Scottish Leaving Certificate Examination, 1961
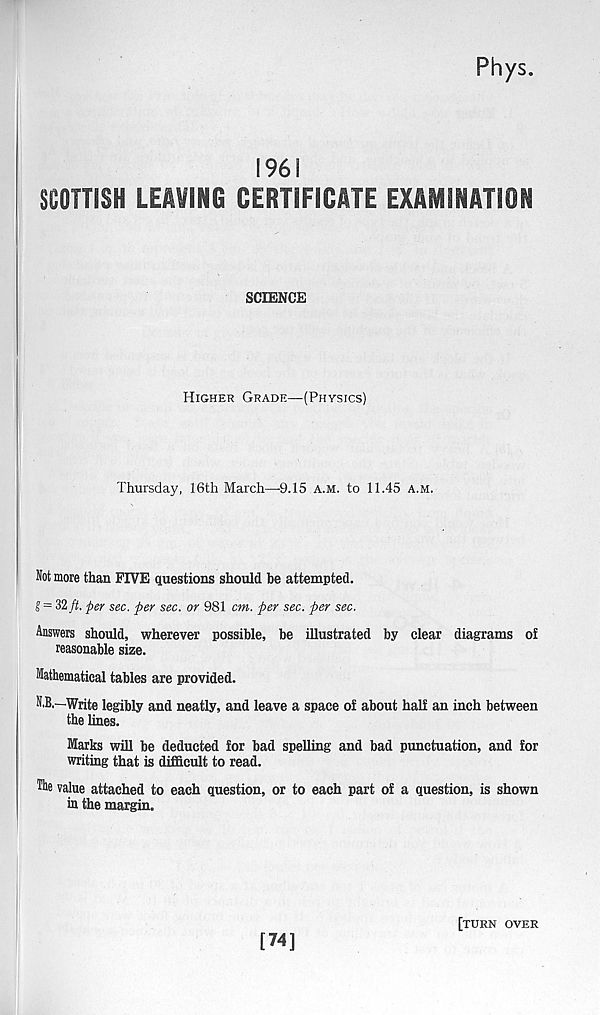
Rhys.
196!
SCOTTISH LEAVING CERTIFICATE EXAMINATION
SCIENCE
Higher Grade—(Physics)
Thursday, 16th March—9.15 a.m. to 11.45 a.m.
Not more than FIVE questions should be attempted.
g = 32 ft. per sec. per sec. or 981 cm. per sec. per sec.
Answers should, wherever possible, be illustrated by clear diagrams of
reasonable size.
Mathematical tables are provided.
N.B.—Write legibly and neatly, and leave a space of about half an inch between
the lines.
Marks will be deducted for bad spelling and bad punctuation, and for
writing that is difficult to read.
Tie value attached to each question, or to each part of a question, is shown
in the margin.
[74]
[turn over